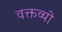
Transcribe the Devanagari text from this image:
वक्तव्यो